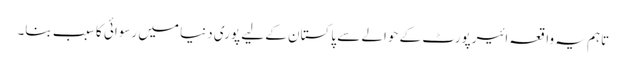
تاہم یہ واقعہ ائیرپورٹ کے حوالے سے پاکستان کے لیے پوری دنیا میں رسوائی کا سبب بنا۔